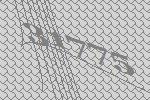
31775